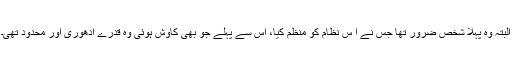
البتہ وہ پہلا شخص ضرور تھا جس نے ا س نظام کو منظم کیا، اس سے پہلے جو بھی کاوش ہوئی وہ قدرے ادھوری اور محدود تھی۔